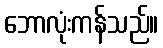
ဘောလုံးကန်သည်။